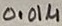
Text: 0.01µ